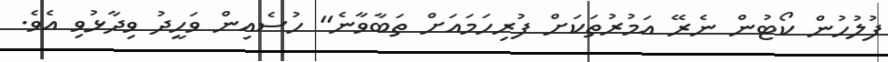
ފުލުހުން ކޯޓުން ނެރޭ އަމުރުތަކަށް ފުރިހަމައަށް ތަބާވާނެ" ހުސެއިން ވަހީދު ވިދާޅުވި އެވެ.